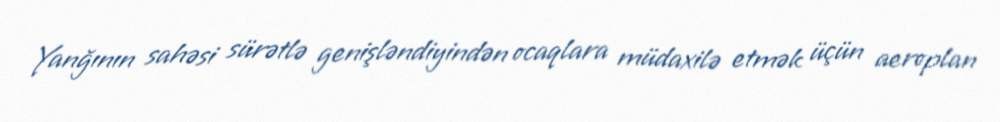
Yanğının sahəsi sürətlə genişləndiyindən ocaqlara müdaxilə etmək üçün aeroplan